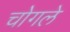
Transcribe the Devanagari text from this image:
चोगले